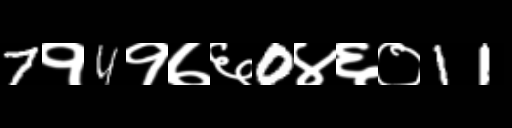
Text: 7१4१७६0४६०11